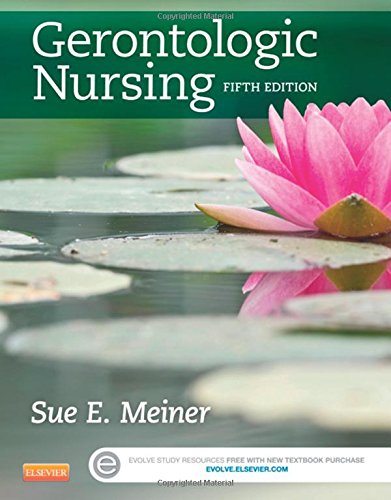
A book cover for Gerontologic Nursing, 5e (Gerontologic Nursing - Meiner (formerly Lueckenotte)); Sue E. Meiner EdD  APRN  BC  GNP; Medical Books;